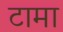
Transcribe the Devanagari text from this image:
टामा